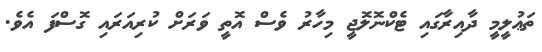
ތަޢުލީމީ ދާއިރާގައި ޓެކްނޮލޮޖީ މިހާރު ވެސް އޮތީ ވަރަށް ކުރިއަރައި ގޮސްފަ އެވެ.